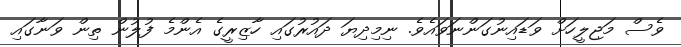
ވެސް މަޖިލީހަށް ވަޑައިނުގަންނަވައެވެ. ނިމިދިޔަ ދައުރުގައި ހާޒިރީގެ އެންމެ ފުލުން ތިން ވަނާގައި